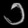
Digit: ၁